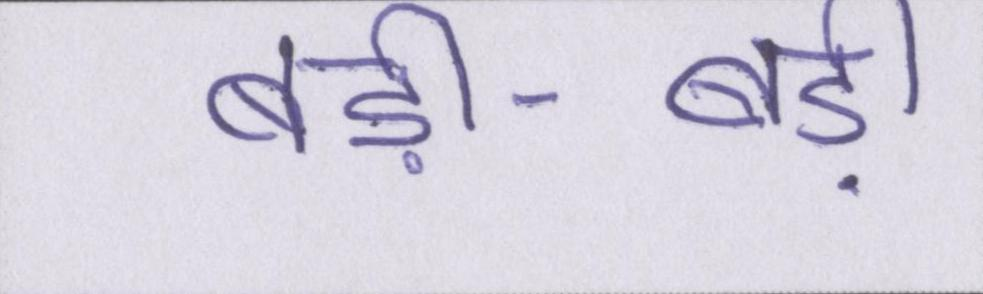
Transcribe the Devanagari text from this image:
बड़ी-बड़ी